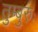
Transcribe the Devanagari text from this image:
तुम्बुरुः